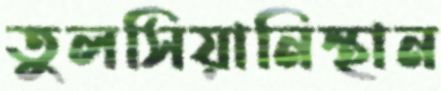
তুলসিয়ানিস্থান